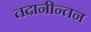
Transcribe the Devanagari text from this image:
तदानीन्तन